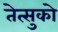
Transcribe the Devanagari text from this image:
तेत्सुको